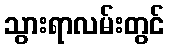
သွားရာလမ်းတွင်